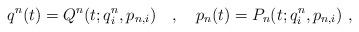
LaTeX: \begin{align*}q^n(t)=Q^n(t;q^n_i,p_{n,i})\ \ \ ,\ \ \ p_n(t)=P_n(t;q^n_i,p_{n,i})\ ,\end{align*}